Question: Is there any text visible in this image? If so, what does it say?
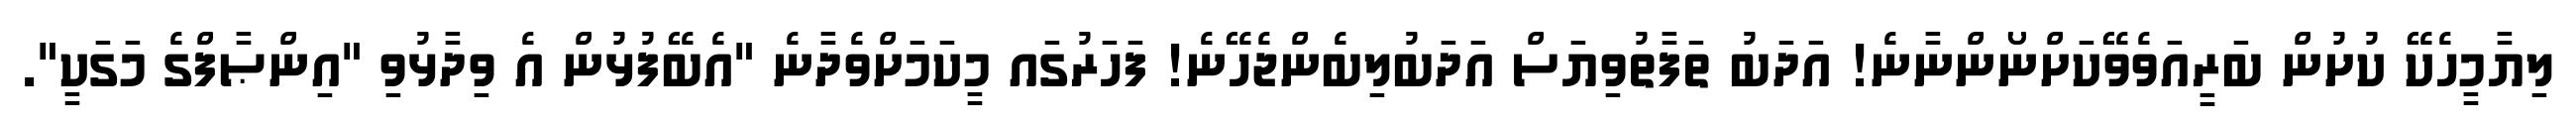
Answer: ލިޔާމީހެކޭ ކުށުން ބަރީއަވެވޭކަށްނޯންނާނެ! އަދަބު ތަފާތުވިޔަސް އަދަބުލިބެންޖެހޭނެ! ފަހަރުގައ މީކަމަށްވެދާނެ "އެބޭފުޅުން އެ ވިދާޅުވި "އިންޞާފްގެ މަގަކީ".